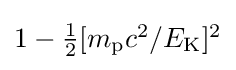
{\textstyle 1-{\frac {1}{2}}[m_{\mathrm {p} }c^{2}/E_{\mathrm {K} }]^{2}}